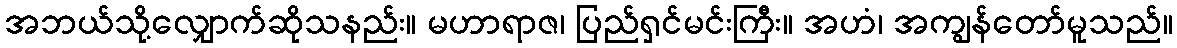
အဘယ်သို့လျှောက်ဆိုသနည်း။ မဟာရာဇ၊ ပြည်ရှင်မင်းကြီး။ အဟံ၊ အကျွန်တော်မူသည်။